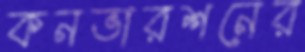
কনভারশনের